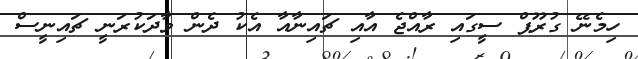
ހިމެނޭ ގުރޫޕް ސީގައި ރާއްޖެ އާއި ޗައިނާއާ އެކު ދެން ވާދަކުރަނީ ޗައިނީސް